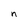
Character: n